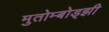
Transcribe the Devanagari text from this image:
मुतोम्बोड्झी